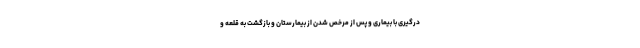
درگیری با بیماری و پس از مرخص شدن از بیمارستان و بازگشت به قلعه و